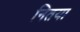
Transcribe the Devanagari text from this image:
नितया